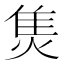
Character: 𤊙